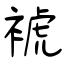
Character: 裭